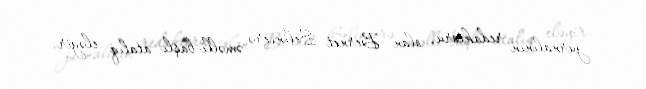
jurnalının redaktoru olan Bernet Selincerə əməlli-başlı atalıq eləyir.